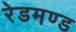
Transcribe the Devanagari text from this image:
रेडमण्ड